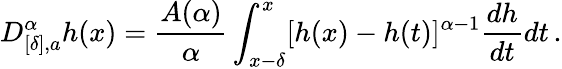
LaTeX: D_{[\delta],a}^{\alpha}h(x)=\frac{A(\alpha)}{\alpha}\int_{x-\delta}^{x}[h(x)-h(t)]^{\alpha-1}\frac{dh}{dt}dt\, .